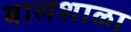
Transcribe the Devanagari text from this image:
बालशाळा